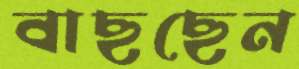
বাছছেন